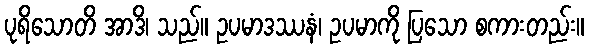
ပုရိသောတိ အာဒိ၊ သည်။ ဥပမာဒဿနံ၊ ဥပမာကို ပြသော စကားတည်း။